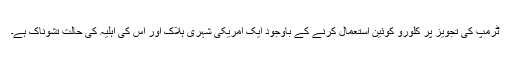
ٹرمپ کی تجویز پر کلورو کوئین استعمال کرنے کے باوجود ایک امریکی شہری ہلاک اور اس کی اہلیہ کی حالت تشوناک ہے۔